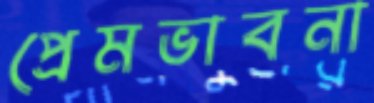
প্রেমভাবনা